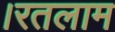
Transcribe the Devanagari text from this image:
।रतलाम